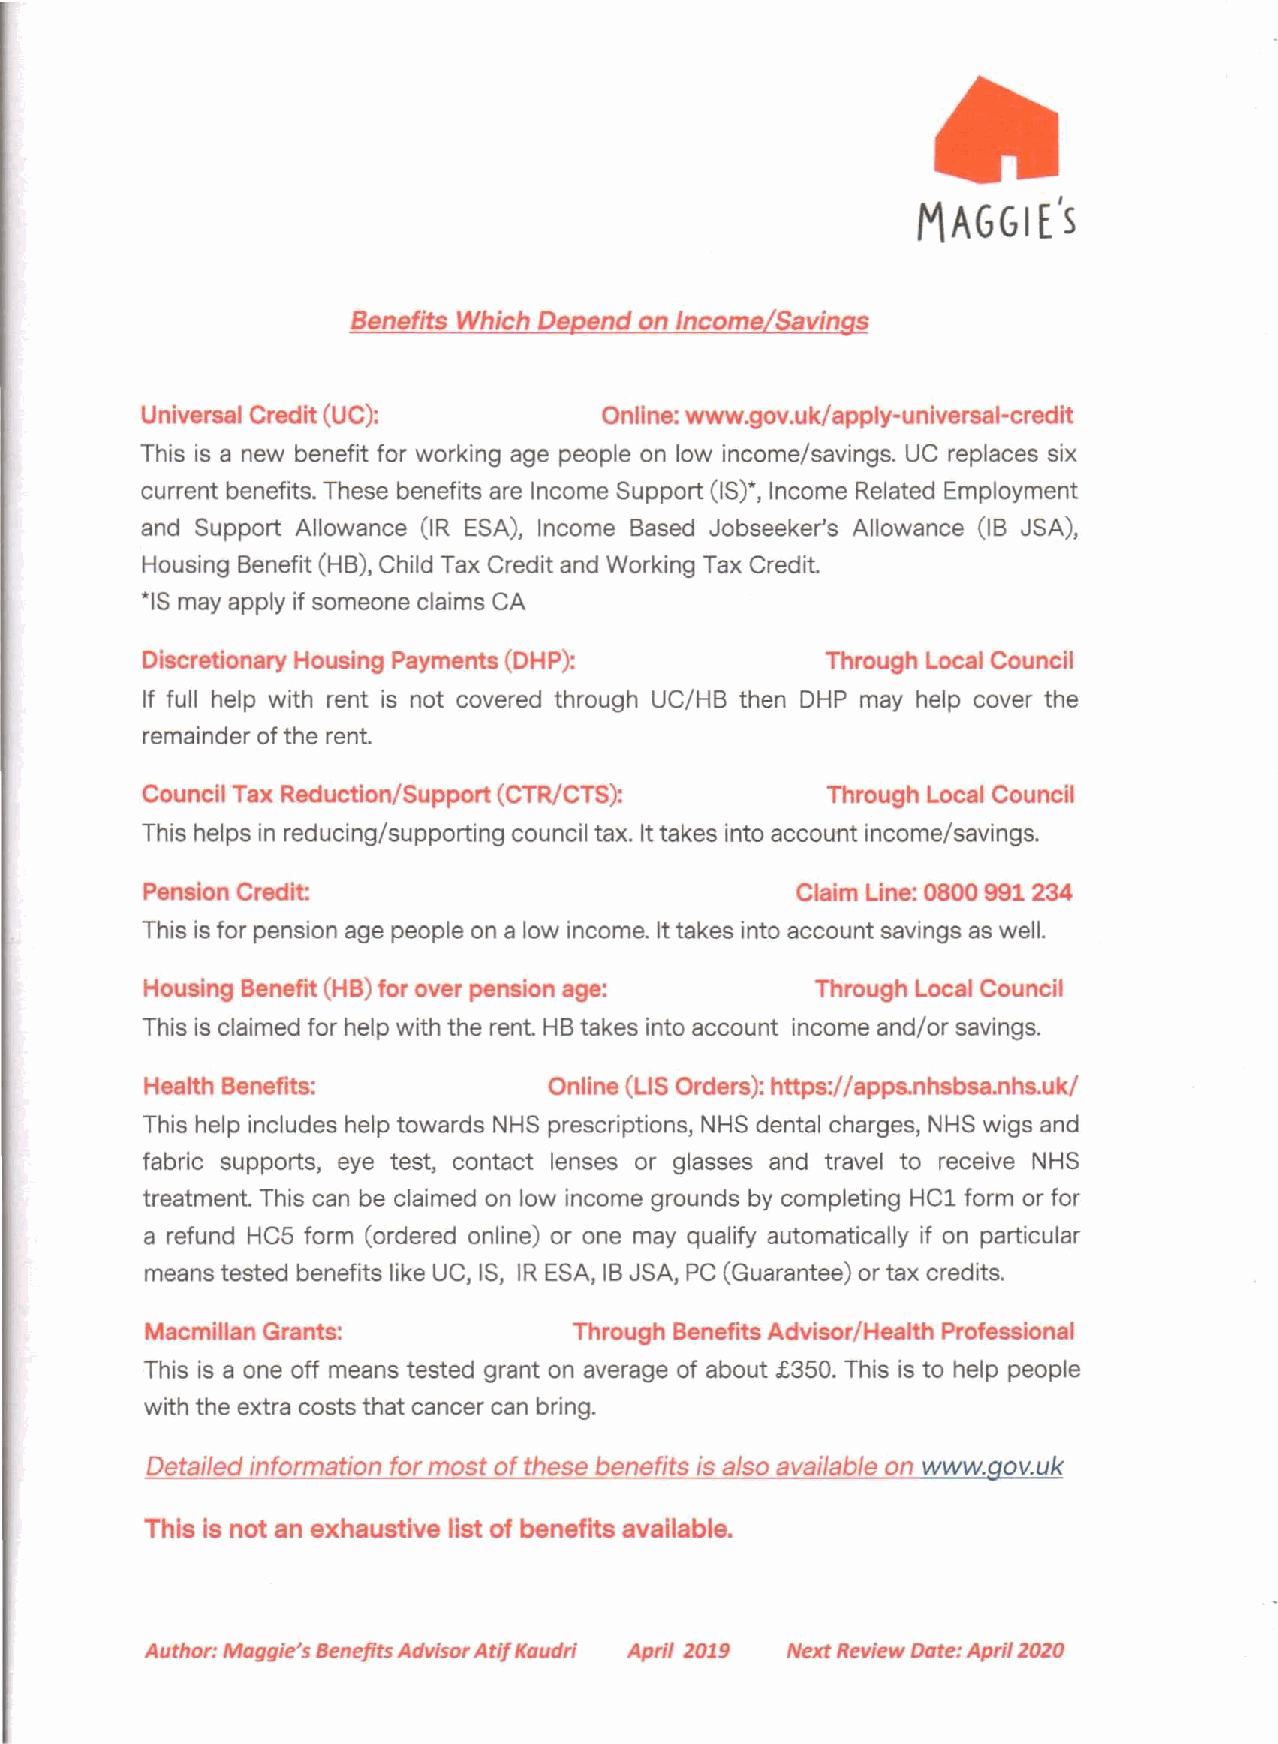
MAGGI
 E/s
 Benefits Which Depend on Income/Savings
 Universal Credit (UC):         Online: www.gov.uk/apply-universal-credit
 This is a new benefit for working age people on low income/savings. UC replaces six
 current benefits. These benefits are Income Support (IS)*, Income Related Employment
 and Support Allowance (IR ESA), Income Based Jobseeker's Allowance (IB JSA),
 Housing Benefit (HB), Child Tax Credit and Working Tax Credit.
 *ISmay apply if someone claims CA
 Discretionary Housing Payments (DHP):         Through Local Council
 If full help with rent is not covered through UC/HB then DHP may help cover the
 remainder of the rent.
 Council Tax Reduction/Support (CTR/CTS):      Through Local Council
 This helps in reducing/supporting council tax. Ittakes into account income/savings.
 Pension Credit:                             Claim Line: 0800 991 234
 This isfor pension age people on alow income. Ittakes into account savings aswell.
 Housing Benefit (HB) for over pension age:   Through Local Council
 This isclaimed for help with the rent. HBtakes into account income and/or savings.
 Health Benefits:          Online (LIS Orders): https://apps.nhsbsa.nhs.uk/
 This help includes help towards NHS prescriptions, NHS dental charges, NHS wigs and
 fabric supports, eye test, contact lenses or glasses and travel to receive NHS
 treatment. This can be claimed on low income grounds by completing HCl form or for
 a refund HC5 form (ordered online) or one may qualify automatically if on particular
 means tested benefits like UC, IS, IRESA, IBJSA, PC(Guarantee) or tax credits.
 Macmillan Grants:           Through Benefits Advisor/Health Professional
 This is a one off means tested grant on average of about £350. This is to help people
 with the extra costs that cancer can bring.
 Detailed information for most of these benefits is also available on WWw.gov.uk
 This is not an exhaustive list of benefits available.
 Author: Maggie's Benefits Advisor Ati! Kaudri April 1019 Next Review Date: April 1010